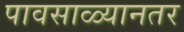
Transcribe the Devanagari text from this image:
पावसाळ्यानतर